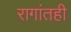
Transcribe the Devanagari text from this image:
रागांतही